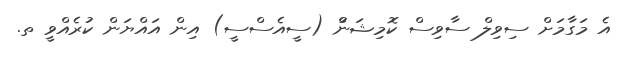
އެ މަގާމަށް ސިވިލް ސާވިސް ކޮމިޝަނުް (ސީއެސްސީ) އިން އައްޔަން ކުރެއްވީ ތ.